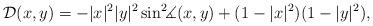
LaTeX: \begin{align*} \mathcal D(x,y)=-|x|^2|y|^2 \sin^2\!\!\measuredangle(x,y) +(1-|x|^2)(1-|y|^2), \end{align*}